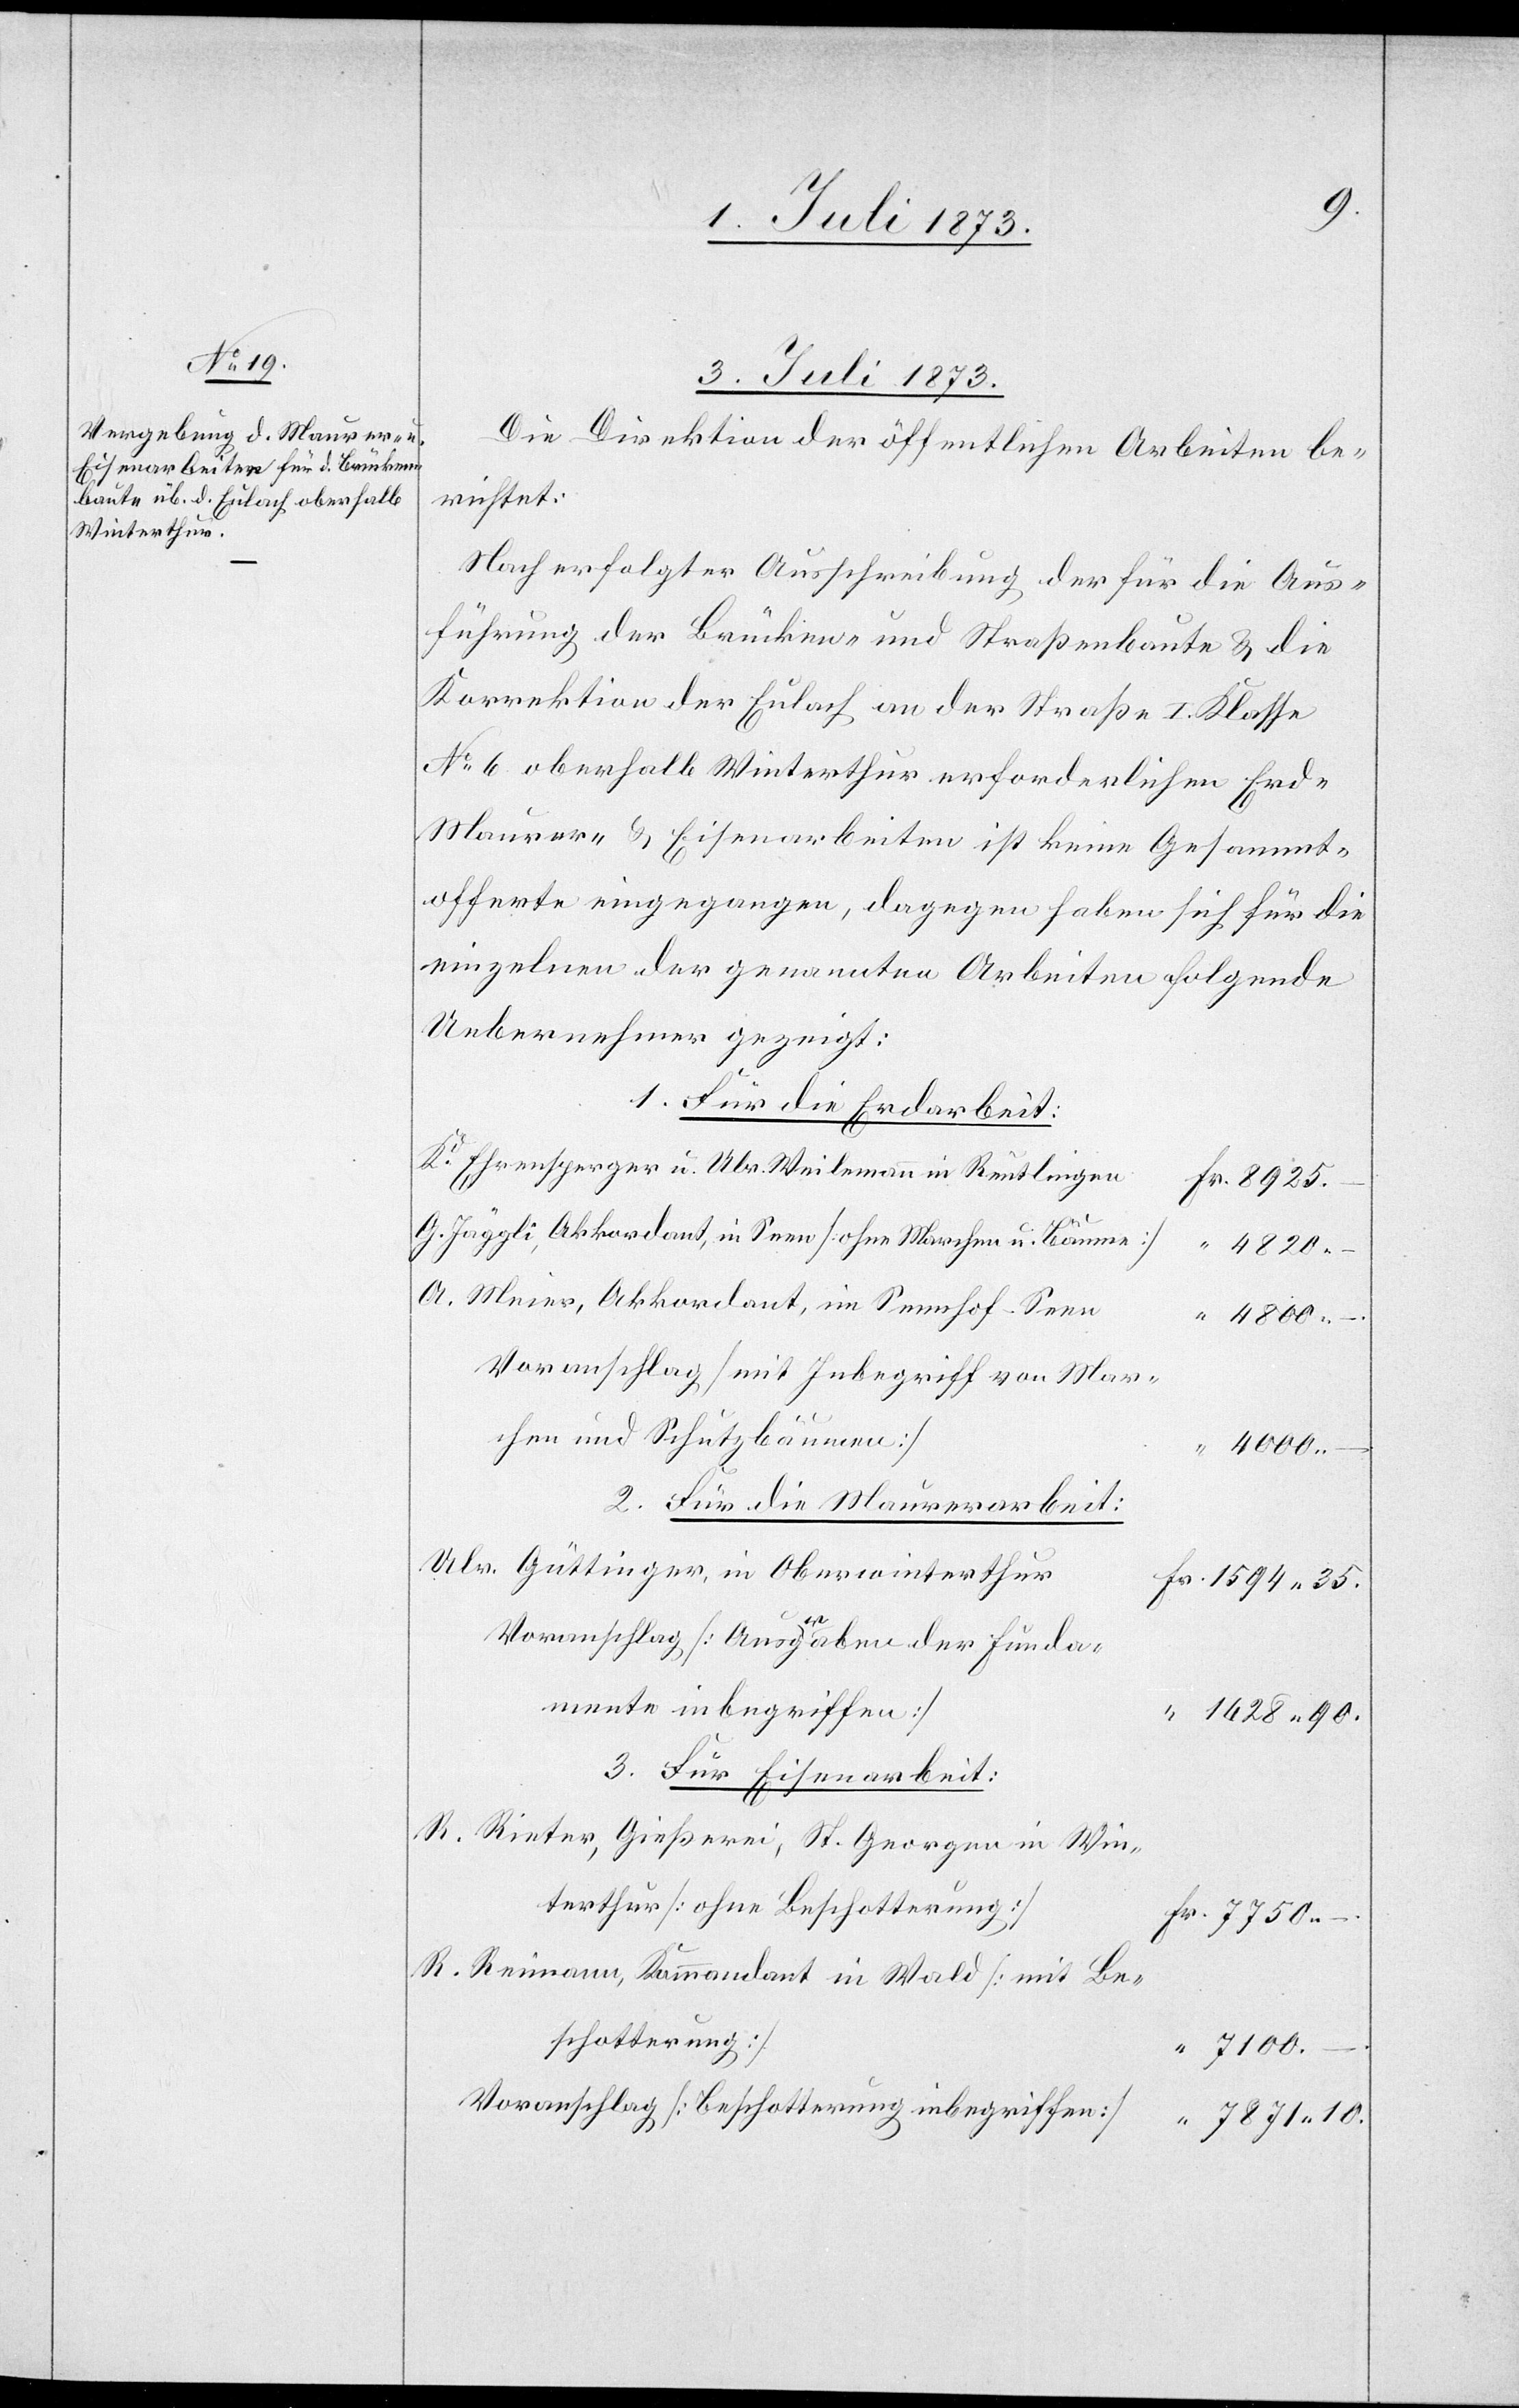
3. Juli 1873.
Die Direktion der öffentlichen Arbeiten be¬
richtet:
Nach erfolgter Ausschreibung der für die Aus¬
führung der Brücken- und Straßenbaute & die
Korrektion der Eulach an der Straße I. Klasse
No 6 oberhalb Winterthur erforderlichen Erd-[,]
Maurer- & Eisenarbeiten ist keine Gesammt¬
offerte eingegangen, dagegen haben sich für die
einzelnen der genannten Arbeiten folgende
Uebernehmer gezeigt:
1. Für die Erdarbeit:
Kd Ehrensperger u. Ulr. Weilemann in Reutlingen
G. Jäggli, Akkordant, in Seen [ohne Marchen u. Bäume]
4820.–
A. Meier, Akkordant, in Sennhof-Seen
4800.–
Voranschlag [mit Inbegriff von Mar¬
chen und Schutzbäumen]
4000.–
2. Für die Maurerarbeit:
Ulr. Güttinger, in Oberwinterthur
1594 35.
Voranschlag [Ausgraben der Funda¬
mente inbegriffen]
1628 90.
3. Für Eisenarbeit:
R. Rieter, Gießerei, St. Georgen in Win¬
terthur [ohne Beschotterung]
R. Reimann, Kommandant in Wald [mit Be¬
schotterung]
7100.–
Voranschlag [Beschotterung inbegriffen]
7871 10.